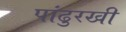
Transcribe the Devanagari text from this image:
पांढुरखी